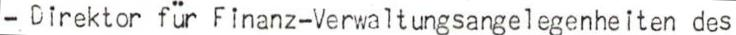
- Direktor für Finanz-Verwaltungsangelegenheiten des